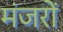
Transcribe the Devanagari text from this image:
मंजरों